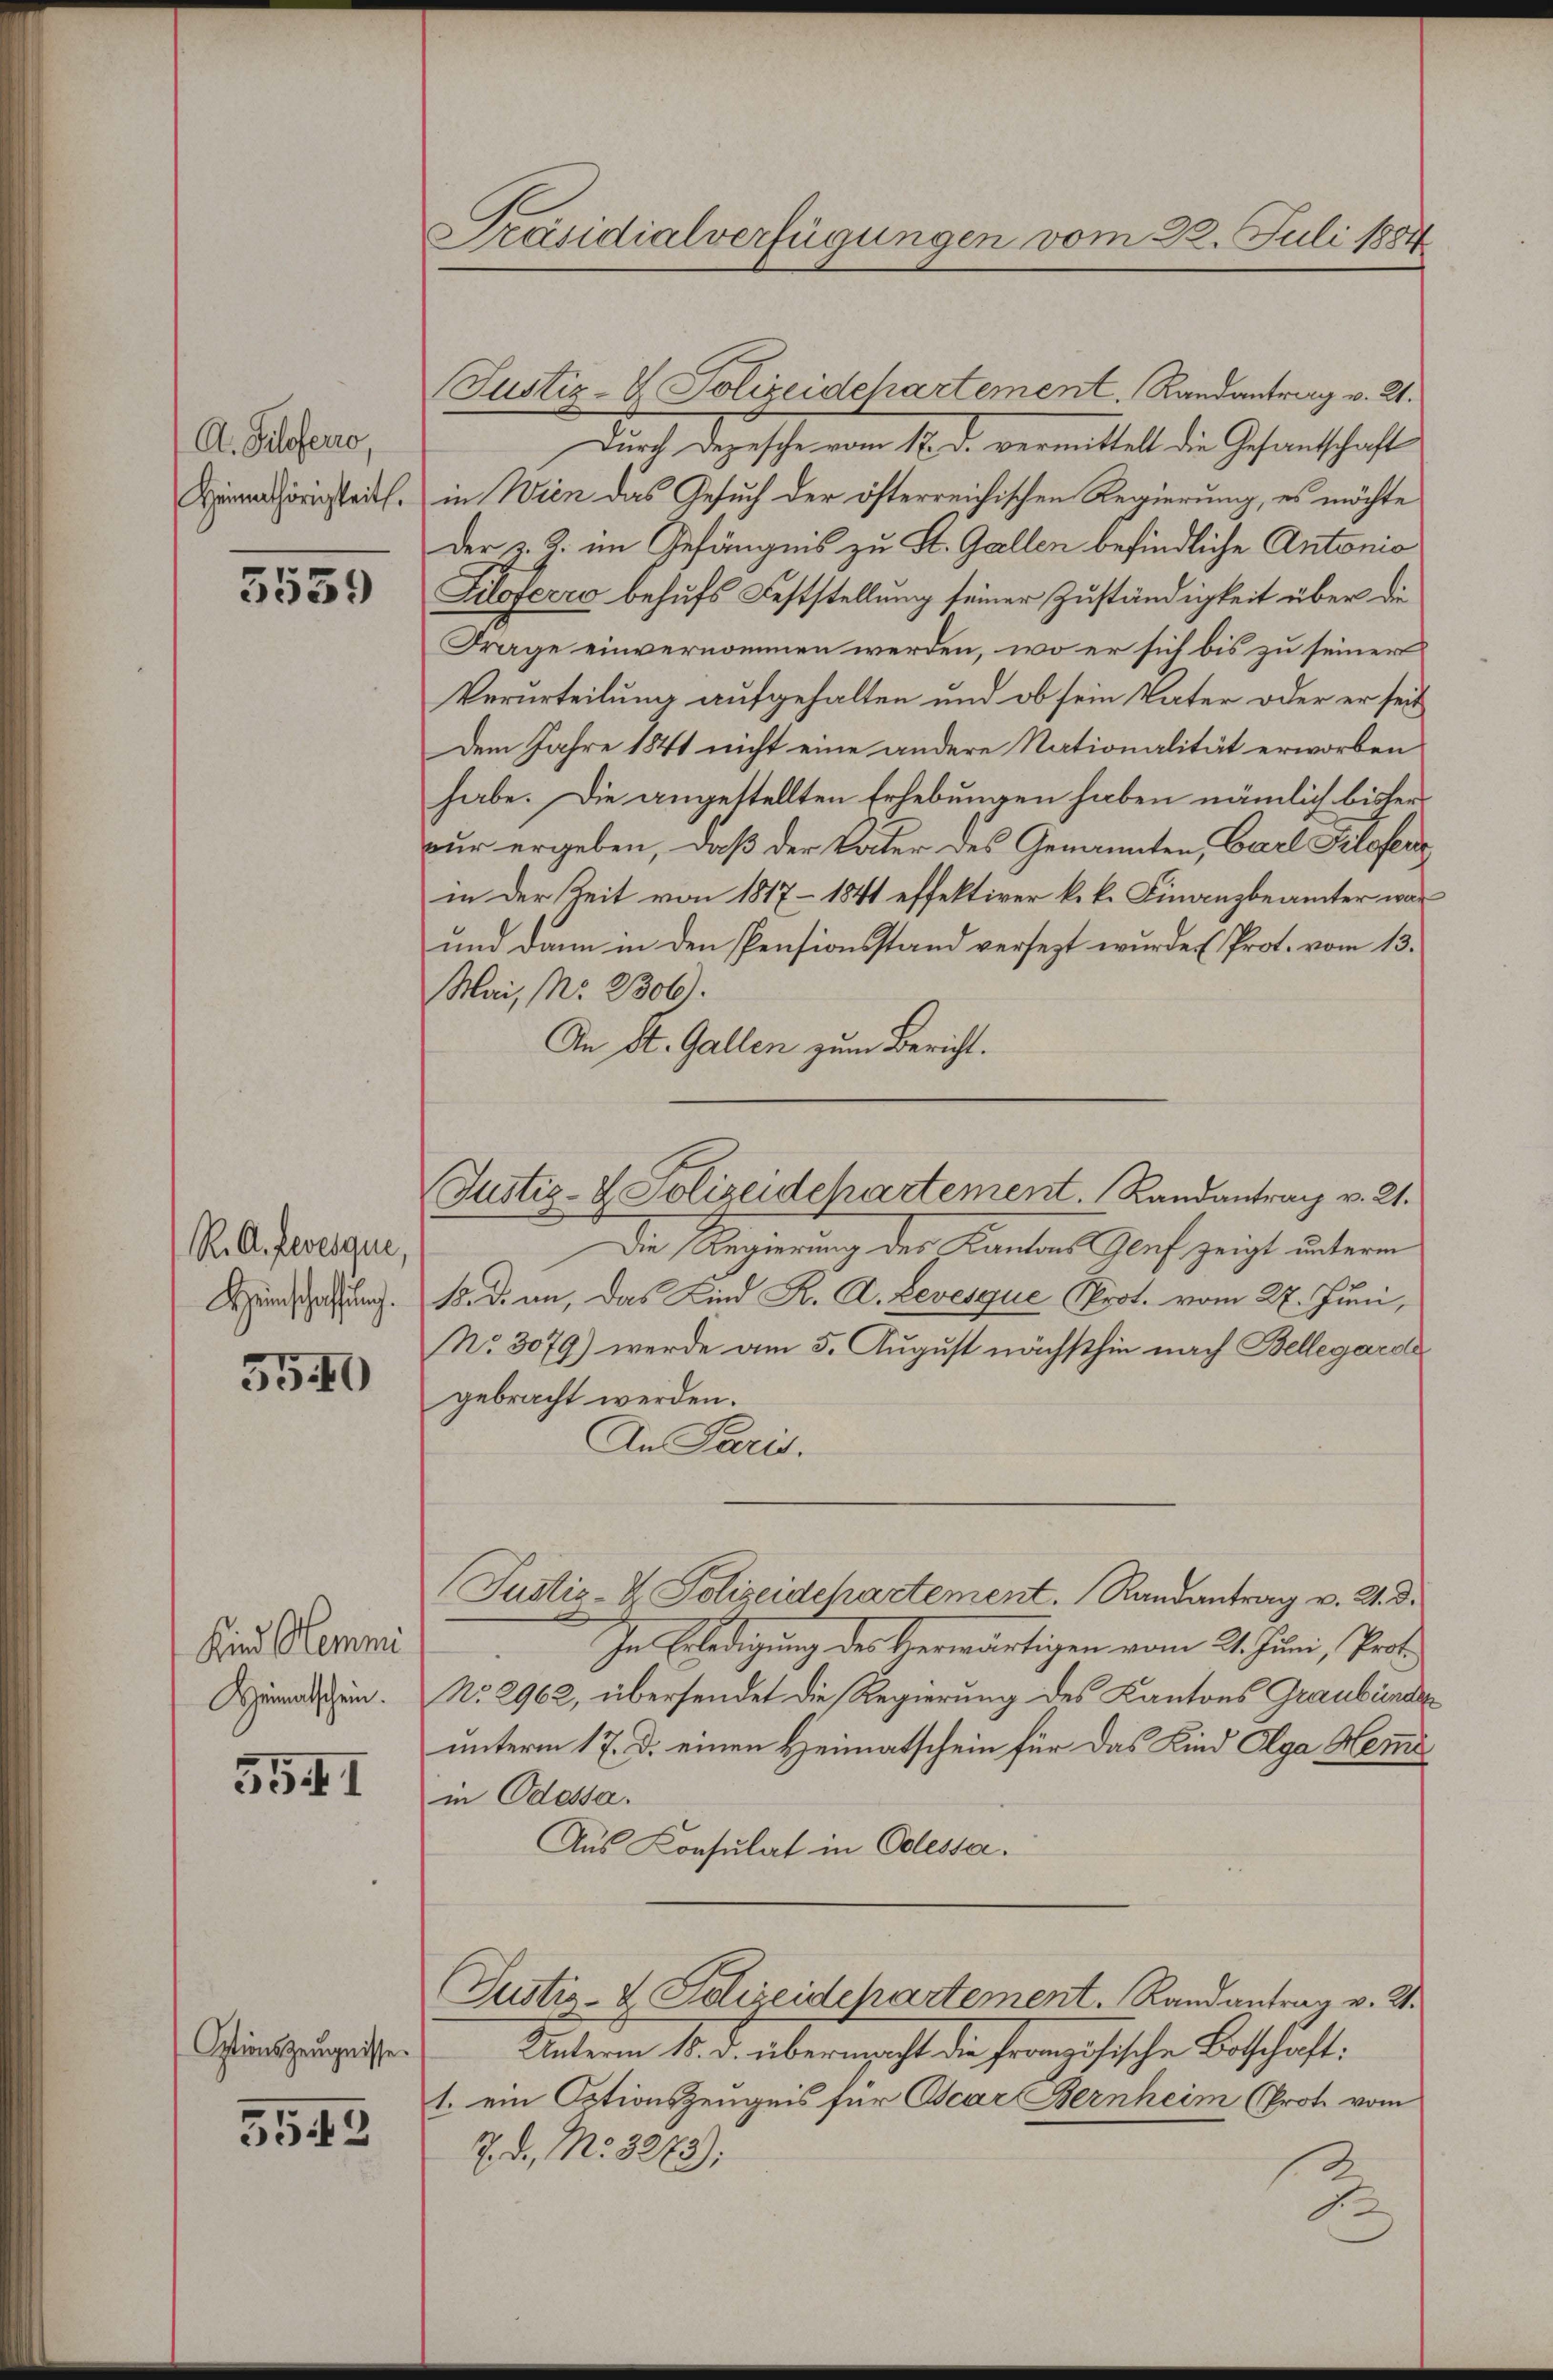
A. Hilferro,
Heimathörigkeit.

3539

R. A. Revesque,
Kzeinschaffung.

5540

Kind Hemmi
Heimatschein.

5541

Optionszeugnisse.

3543

Präsidialverfügungen vom 28. Juli 1884

Justiz-V. Polizeidchartement. Randantrag v. 21.
Durch depeschenem 16. d. vermittelt die Gefantschaft
in Wien das Gesuch der öfterreichischen Regierung, es möchte
Der §. 2. im Gefängnis zu St. Gallen befindliche Antonio
Lilofeero behufs Feststellung seiner Zuständigkeit über die
Frage einvernommen werden, wo er sich bis zu seiner
Verurteilung aufgehalten und ob sein Vater oder er seit
Dem Jahre 1841 nicht eine andere Nationalität erworben
habe. Die angestellten Erhebungen haben nämlich bisterwur ergeben, daß der Vater des Genannten, Carl Pilofen
in der Zeit von 1817–1841 effektiver k.k. Finanzbeämter war
und dann in den Pensionsstand versezt wurde (Prot. vom 13.
Mai, Nr. 23061.
An St. Gallen zum Bericht.
Die Regierung des Kantons Genf zeigt unterm
18. d. an, das Kind K. A. Devesque prot. vom 27. Juni,
No. 3079) werde am 5. August nächsthin nach Bellegard
gebracht werden.
An Paris.
Justiz- & Polizeidchartement. Randantrag v. 2. d.
In Erledigung des Herwärtigen vom 21. Juni, Prof.
No. 2962, übersendet die Regierung des Kantons Graubünde
unterm 17. d. einen Heimatschein für das Kind Olga Meine
in Odessa.
Aus Konsulat in Odessa.
Justiz- & Polizeidchartement. Randantrag v. J.
Unterm 18. d. übermacht die französische Botschaft:
1. ein Optionszeugnis für Oscar Bernheim (Prote vom
7. d. N. 3278);
d

Justiz- & Polizeidchartement. Randantrag v. 21.